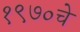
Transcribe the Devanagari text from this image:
१९७०चे